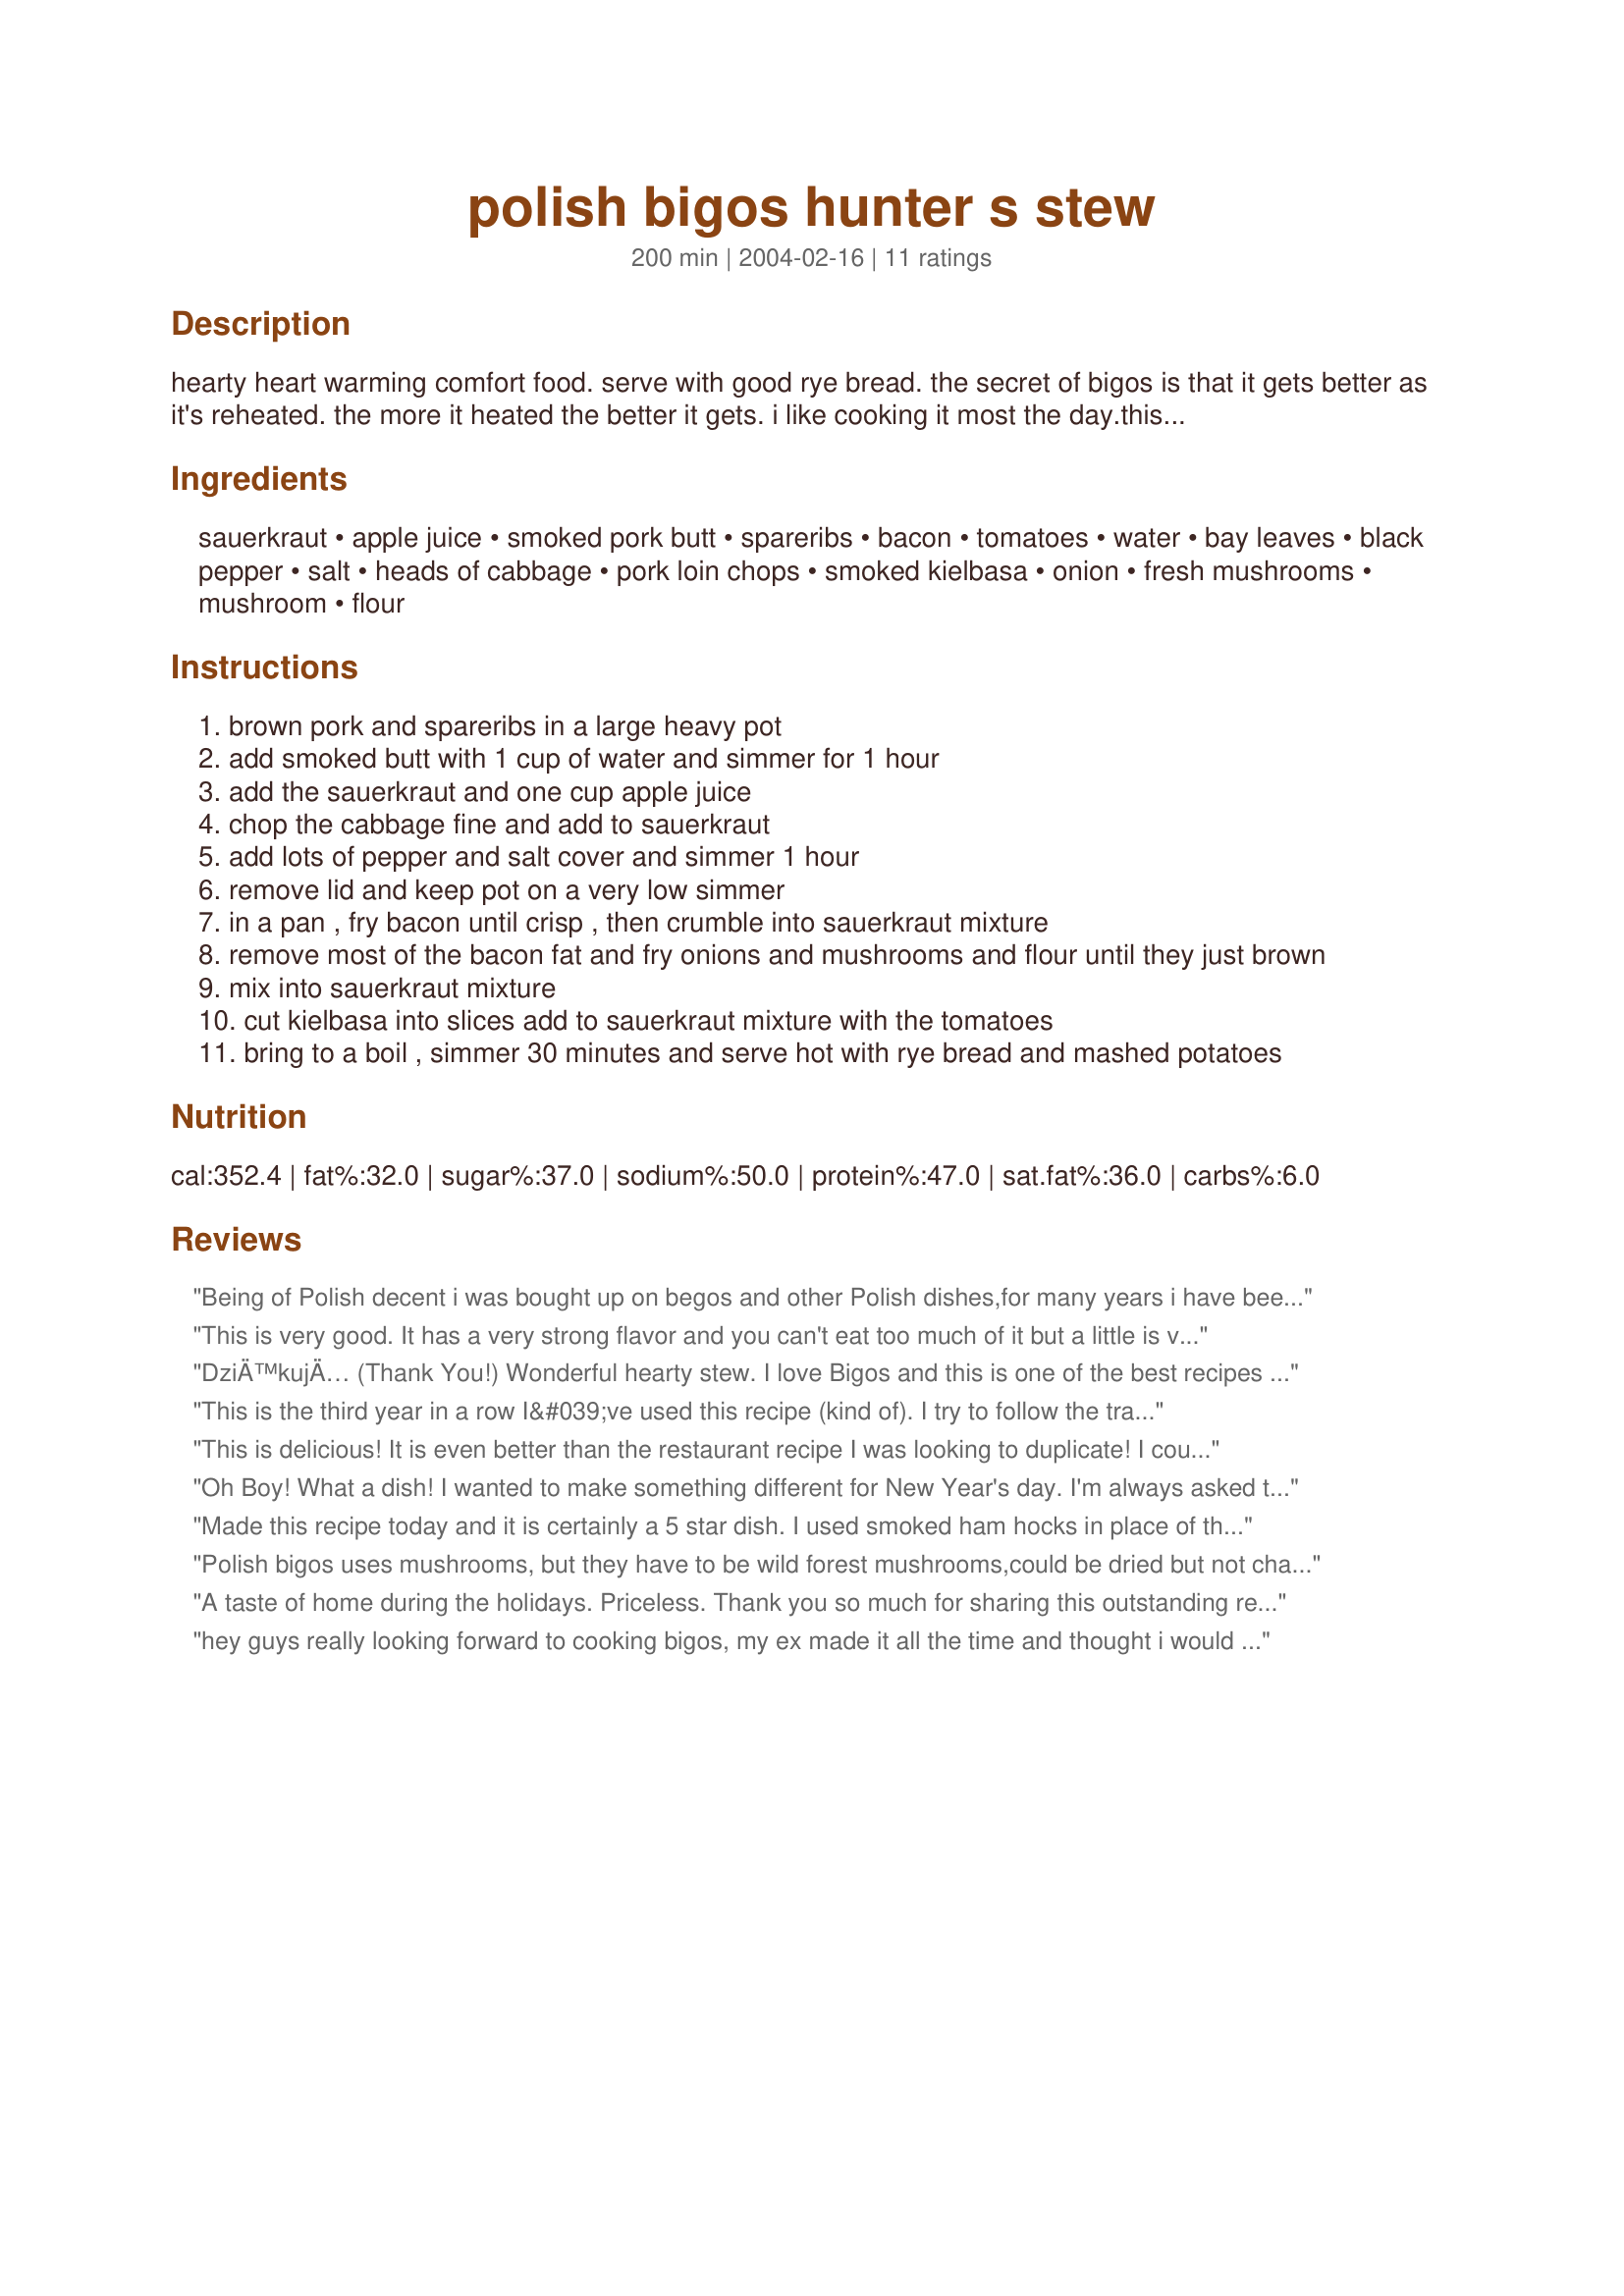
polish bigos hunter s stew
Preparation time: 200 minutes

hearty heart warming comfort food. serve with good rye bread. the secret of bigos is that it gets better as it's reheated. the more it heated the better it gets. i like cooking it most the day.this is a great make ahead meal. i posted this recipe using all pork but go ahead and add venison, veal, beef.... i also do add juniper which i love! then throw in fresh parsley and marjoram.

Ingredients:
sauerkraut, apple juice, smoked pork butt, spareribs, bacon, tomatoes, water, bay leaves, black pepper, salt, heads of cabbage, pork loin chops, smoked kielbasa, onion, fresh mushrooms, mushroom, flour

Steps:
brown pork and spareribs in a large heavy pot
add smoked butt with 1 cup of water and simmer for 1 hour
add the sauerkraut and one cup apple juice
chop the cabbage fine and add to sauerkraut
add lots of pepper and salt cover and simmer 1 hour
remove lid and keep pot on a very low simmer
in a pan , fry bacon until crisp , then crumble into sauerkraut mixture
remove most of the bacon fat and fry onions and mushrooms and flour until they just brown
mix into sauerkraut mixture
cut kielbasa into slices add to sauerkraut mixture with the tomatoes
bring to a boil , simmer 30 minutes and serve hot with rye bread and mashed potatoes

Reviews:
Being of Polish decent i was bought up on begos and other Polish dishes,for many years i have been looking for a recipe for begos that will deliver an authentic taste as i remember from my child hood.This certainly does that,just as i remember it,the recipe is easy to follow and the results outstanding,i have found that the recipe works as well with any meat left overs and any smoked sausage,if you want a slightly more wetter stew i just added a quantity of chicken boulion stock to give the required consistency.And this recipe certainly does taste better the next day,so try to make at least a day in advance.
Many thanks for the recipe
Regards
Robert Bednarski
Leicester
England
This is very good. It has a very strong flavor and you can't eat too much of it but a little is very filling and warming. I made a half recipe 2 days before Christmas to reheat on Christmas day. The only smoked pork I could find was hock so I put them in in the first stage and then removed them. I doubled the loin chops and left out the spareribs. I used kielbasa. I used sliced mushrooms and canned diced tomatoes. It would help to reorder the ingredients with the instructions. Also the instructions didn't say when to add the bay leaves (I'm assuming with the salt and pepper?). Thanks for the recipe Rita L.
DziÄ™kujÄ… (Thank You!)
Wonderful hearty stew. I love Bigos and this is one of the best recipes I've ever made. Made for ZWT4
I can't wait for some cold weather to make it again--it's so comforting.
This is the third year in a row I&#039;ve used this recipe (kind of). I try to follow the tradition of using up what&#039;s in the freezer to make room for the new harvest. This year, all the meat with the exception of kielbasa and bacon was harvested by me or the next-door neighbor. Turkey I raised, some garden-eating rabbits I harvested and crawdads I caught along with some doves my neighbor harvested. I also made the sauerkraut myself. This recipe is great place to start and expand from there.
This is delicious! It is even better than the restaurant recipe I was looking to duplicate! I couldn't get spare ribs, so I left them out, I used dried morels for the dried mushrooms, and I drained and rinsed the sauerkraut before adding it to the pot. Very tasty, and will feed an army!
Oh Boy! What a dish! I wanted to make something different for New Year's day. I'm always asked to make my stew but this time it had to be different.....and this took the cake. Had to have something I could make in advance cause I was very busy with my doggy daycare and lodging, being the X-mas holidays. I had to make a few adjustments but nothing to really change this delightful meal. Could not find a smoked pork butt so used just the plain type, but used smoked thick cut bacon. I cut up fresh Roma tomatoes for the canned and added an extra 1/2 cup water. My cabbages were a bit small so I used a whole onion. Also had gotten a great buy of Portabello mushrooms so I used only them. I cooked this two days early and then simmered it for three hrs. on the 1st. I added the potatoes to the stew at that time. The house smelled wonderful! I bought a uncut rye loaf of bread and tore it into chunks to eat with stew. My girlfriend baked and brought two apple pies, but only two slices were eaten.....cause EVERYBODY went for 2nds and even 3rds of the stew! This gal really thanks you Rita for helping bring in the New Year!
Made this recipe today and it is certainly a 5 star dish. I used smoked ham hocks in place of the smoked butt. I cut the whole thing in half, substituted some breakfast sausage for the spare ribs and used some chicken broth instead of water. It turned out great. I'm looking forward to trying the recipe just as its written. I have made alot of bigos and this one is a winner.
Polish bigos uses mushrooms, but they have to be wild forest mushrooms,could be dried but not champignons and the sausage on the picture is way too big (or wide).It should be less than inch in diameter.Now ,I just got msg from Rita ,that the pix wasn&#039;t her and that it is hard to find dried wild forest mushrooms outside of Poland and i agree :) So i raise my rating to five stars for brave Rita,trying to make perfect dish under not perfect circumstances:)
A taste of home during the holidays. Priceless. Thank you so much for sharing this outstanding recipe. I totally agree with another reviewer that it is impossible to just have one serving.
hey guys really looking forward to cooking bigos, my ex made it all the time and thought i would learn, thanks for the recipe, hope i get it right!!!
Made this for a party and everyone enjoyed it. Added caraway seeds to the sauerkraut
